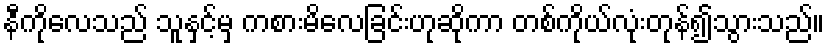
နီကိုလေသည် သူနှင့်မှ ကစားမိလေခြင်းဟုဆိုကာ တစ်ကိုယ်လုံးတုန်၍သွားသည်။